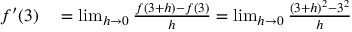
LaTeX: \begin{array} { r l } { f ^ { \prime } ( 3 ) } & { { } = \operatorname* { l i m } _ { h \to 0 } { \frac { f ( 3 + h ) - f ( 3 ) } { h } } = \operatorname* { l i m } _ { h \to 0 } { \frac { ( 3 + h ) ^ { 2 } - 3 ^ { 2 } } { h } } } \end{array}